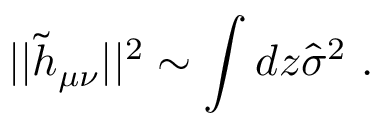
| | { \widetilde h } _ { \mu \nu } | | ^ { 2 } \sim \int d z { \widehat \sigma } ^ { 2 } ~ .